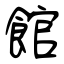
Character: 館